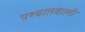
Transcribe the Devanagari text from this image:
पश्चातवाली